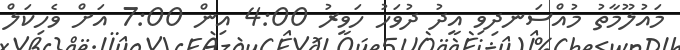
މައުލޫމާތު މުއްސަނދިވި އީދު ދުވަހު ހަވީރު 4:00 އިން 7:00 އަށް ވެހިކަލް